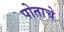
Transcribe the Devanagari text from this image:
पोताचे